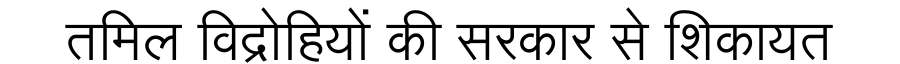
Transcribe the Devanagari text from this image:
तमिल विद्रोहियों की सरकार से शिकायत